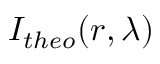
I _ { t h e o } ( r , \lambda )